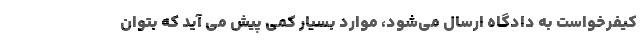
کیفرخواست به دادگاه ارسال می‌شود، موارد بسیار کمی پیش می آید که بتوان